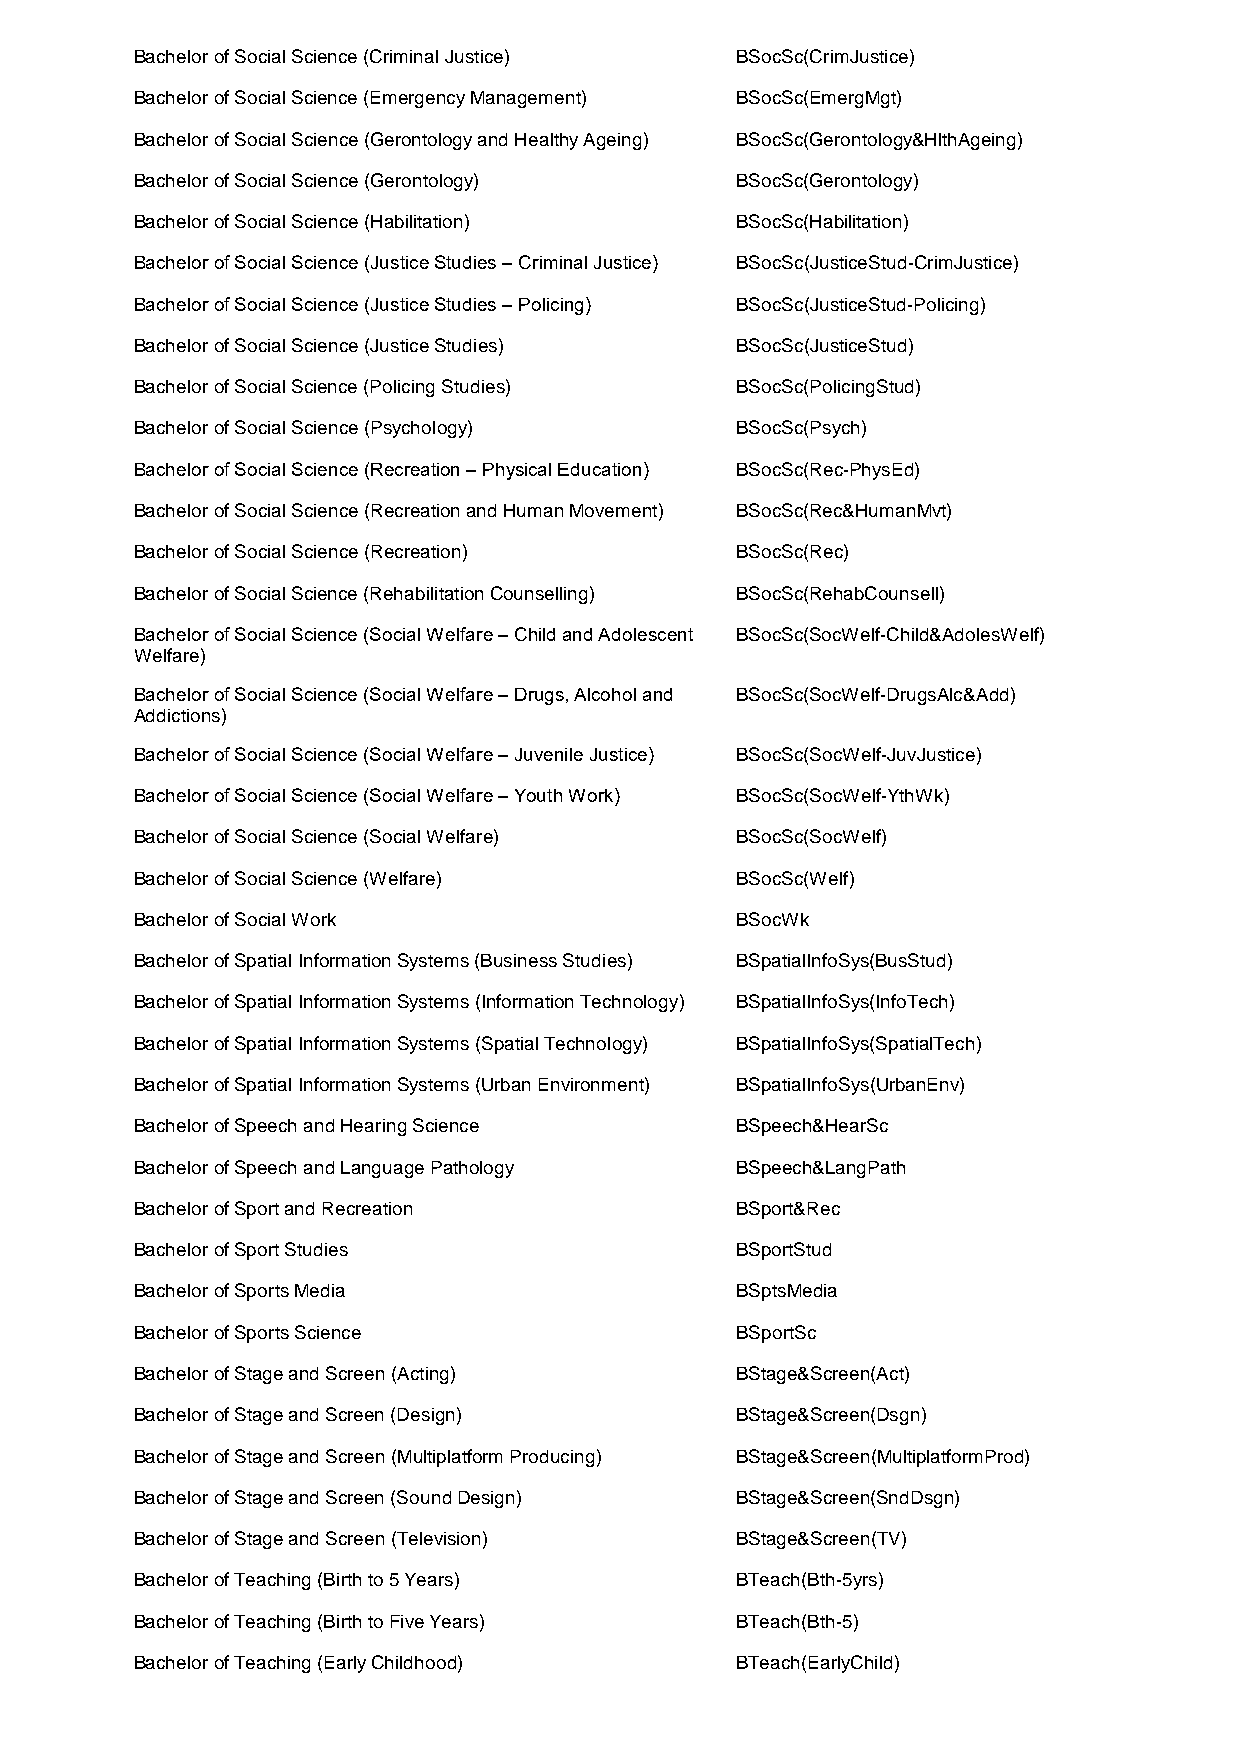
Bachelor of Social Science (Criminal Justice) BSocSc(CrimJustice)
 Bachelor of Social Science (Emergency Management) BSocSc(EmergMgt)
 Bachelor of Social Science (Gerontology and Healthy Ageing) BSocSc(Gerontology&HlthAgeing)
 Bachelor of Social Science (Gerontology) BSocSc(Gerontology)
 Bachelor of Social Science (Habilitation) BSocSc(Habilitation)
 Bachelor of Social Science (Justice Studies – Criminal Justice) BSocSc(JusticeStud-CrimJustice)
 Bachelor of Social Science (Justice Studies – Policing) BSocSc(JusticeStud-Policing)
 Bachelor of Social Science (Justice Studies) BSocSc(JusticeStud)
 Bachelor of Social Science (Policing Studies) BSocSc(PolicingStud)
 Bachelor of Social Science (Psychology) BSocSc(Psych)
 Bachelor of Social Science (Recreation – Physical Education) BSocSc(Rec-PhysEd)
 Bachelor of Social Science (Recreation and Human Movement) BSocSc(Rec&HumanMvt)
 Bachelor of Social Science (Recreation) BSocSc(Rec)
 Bachelor of Social Science (Rehabilitation Counselling) BSocSc(RehabCounsell)
 Bachelor of Social Science (Social Welfare – Child and Adolescent BSocSc(SocWelf-Child&AdolesWelf)
 Welfare)
 Bachelor of Social Science (Social Welfare – Drugs, Alcohol and BSocSc(SocWelf-DrugsAlc&Add)
 Addictions)
 Bachelor of Social Science (Social Welfare – Juvenile Justice) BSocSc(SocWelf-JuvJustice)
 Bachelor of Social Science (Social Welfare – Youth Work) BSocSc(SocWelf-YthWk)
 Bachelor of Social Science (Social Welfare) BSocSc(SocWelf)
 Bachelor of Social Science (Welfare)    BSocSc(Welf)
 Bachelor of Social Work                 BSocWk
 Bachelor of Spatial Information Systems (Business Studies) BSpatialInfoSys(BusStud)
 Bachelor of Spatial Information Systems (Information Technology) BSpatialInfoSys(InfoTech)
 Bachelor of Spatial Information Systems (Spatial Technology) BSpatialInfoSys(SpatialTech)
 Bachelor of Spatial Information Systems (Urban Environment) BSpatialInfoSys(UrbanEnv)
 Bachelor of Speech and Hearing Science  BSpeech&HearSc
 Bachelor of Speech and Language Pathology BSpeech&LangPath
 Bachelor of Sport and Recreation        BSport&Rec
 Bachelor of Sport Studies               BSportStud
 Bachelor of Sports Media                BSptsMedia
 Bachelor of Sports Science              BSportSc
 Bachelor of Stage and Screen (Acting)   BStage&Screen(Act)
 Bachelor of Stage and Screen (Design)   BStage&Screen(Dsgn)
 Bachelor of Stage and Screen (Multiplatform Producing) BStage&Screen(MultiplatformProd)
 Bachelor of Stage and Screen (Sound Design) BStage&Screen(SndDsgn)
 Bachelor of Stage and Screen (Television) BStage&Screen(TV)
 Bachelor of Teaching (Birth to 5 Years) BTeach(Bth-5yrs)
 Bachelor of Teaching (Birth to Five Years) BTeach(Bth-5)
 Bachelor of Teaching (Early Childhood)  BTeach(EarlyChild)